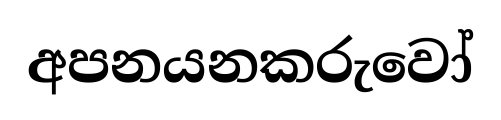
අපනයනකරුවෝ